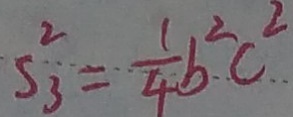
S _ { 3 } ^ { 2 } = \frac { 1 } { 4 } b ^ { 2 } c ^ { 2 }